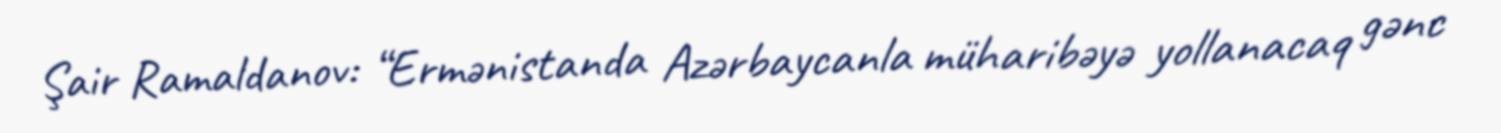
Şair Ramaldanov: “Ermənistanda Azərbaycanla müharibəyə yollanacaq gənc